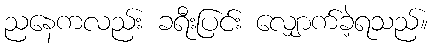
ညနေကလည်း ခရီးပြင်း လျှောက်ခဲ့ရသည်။